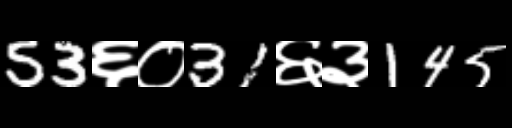
Text: 53६०31६३145